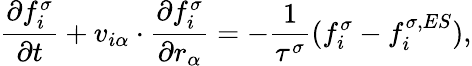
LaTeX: \frac{\partial f_{i}^{\sigma}}{\partial t}+v_{i\alpha}\cdot\frac{\partial f_{i}^{\sigma}}{\partial r_{\alpha}}=-\frac{1}{\tau^{\sigma}}(f_{i}^{\sigma}-f_{i}^{\sigma,ES}),